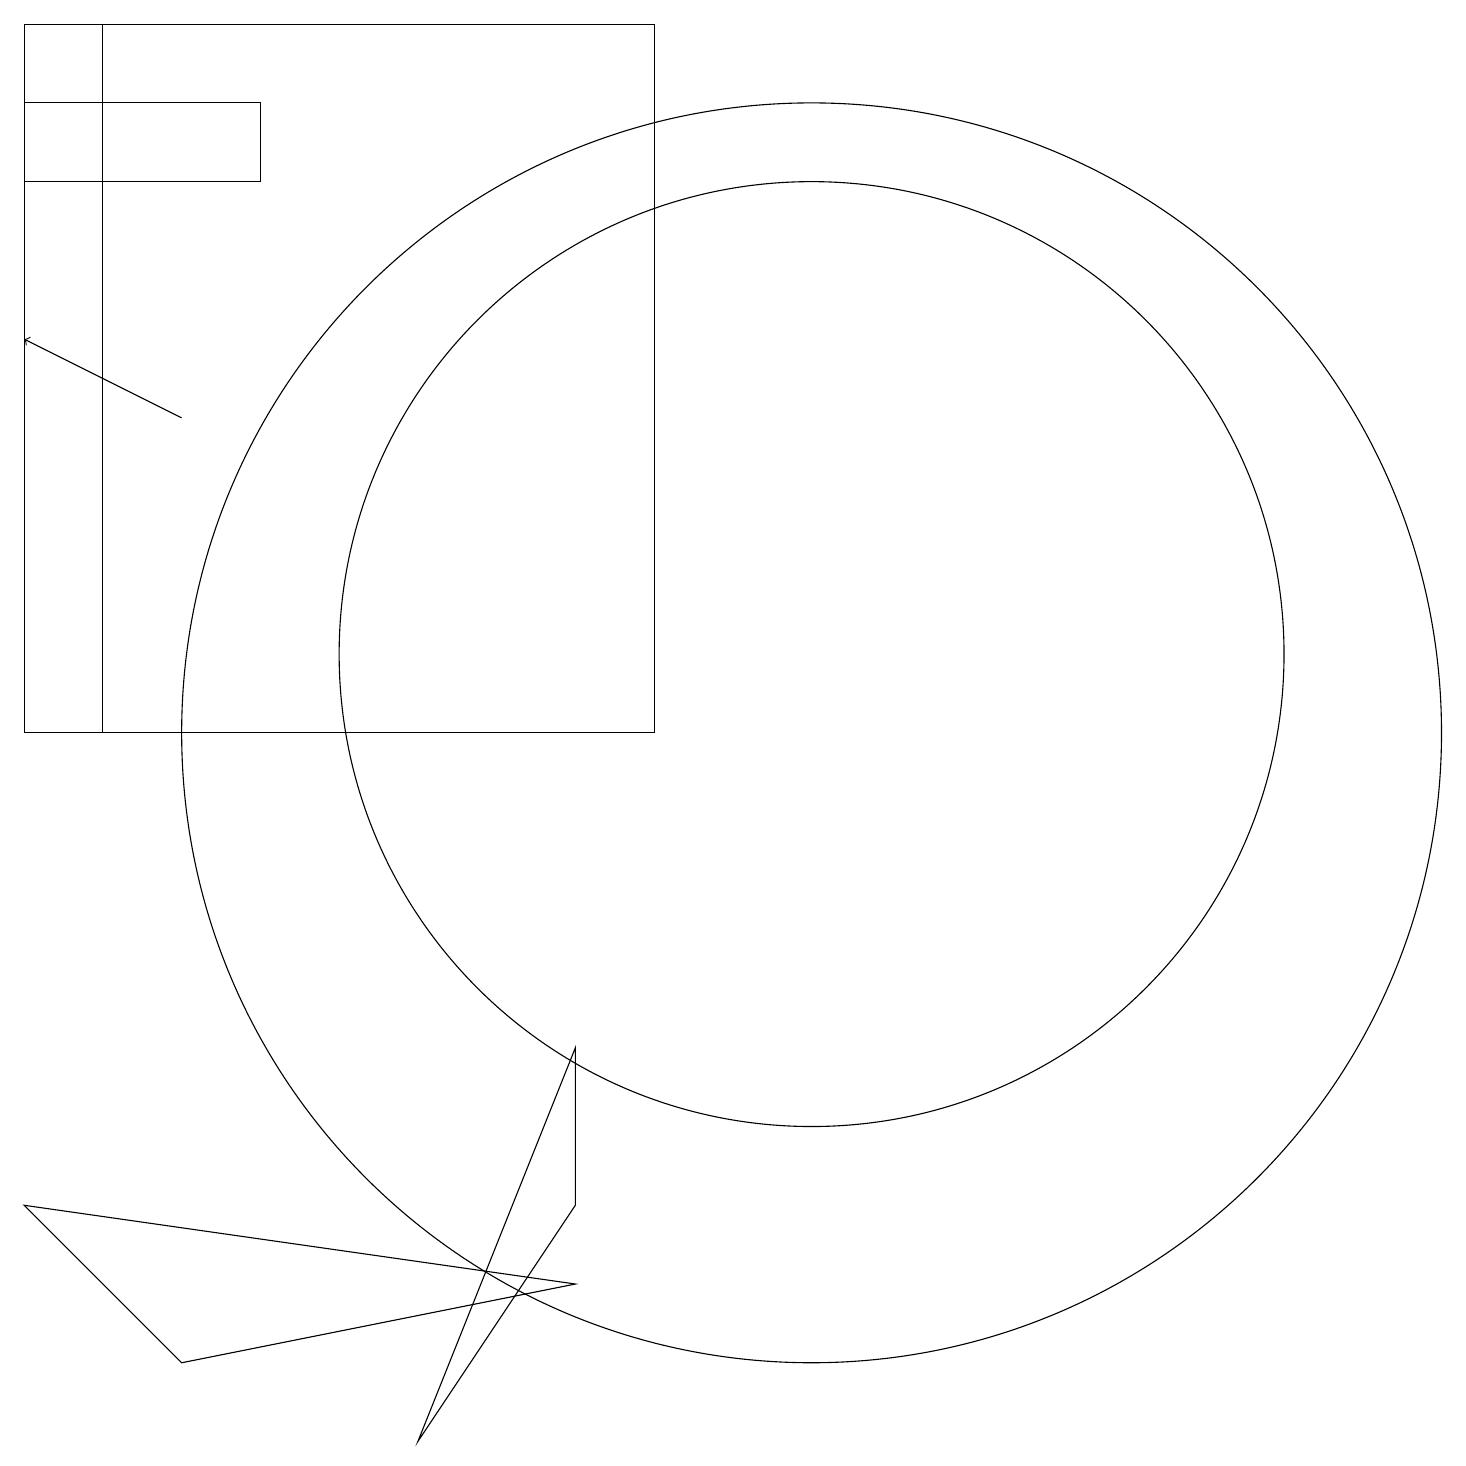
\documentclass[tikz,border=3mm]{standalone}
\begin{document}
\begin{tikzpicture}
\draw (11,10) circle (8);
\draw (3,2) -- (8,3) -- (1,4) -- cycle;
\draw (2,10) rectangle (9,19);
\draw (8,4) -- (6,1) -- (8,6) -- cycle;
\draw (11,11) circle (6);
\draw (1,18) rectangle (4,17);
\draw[->] (3,14) -- (1,15);
\draw (1,10) rectangle (9,19);
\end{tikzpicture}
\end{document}